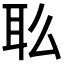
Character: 𰭳